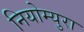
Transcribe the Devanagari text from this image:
नियोम्युरा